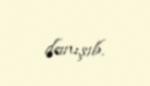
danışıb.